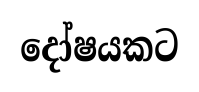
දෝෂයකට